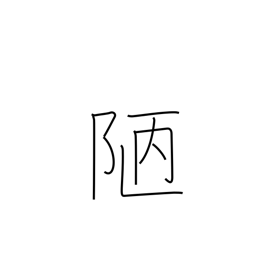
Meaning: meanness